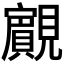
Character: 𧢘